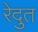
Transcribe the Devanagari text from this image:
रेदुत